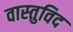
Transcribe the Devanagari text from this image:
वास्‍तुविद